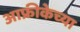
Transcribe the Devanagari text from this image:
आफ्रीकेच्या